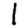
Digit: 1